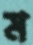
ম